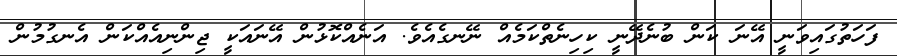
ފަހަތުގައިވަނީ އޭނަ ކަން ބުނެދޭނީ ކިހިނެތްކަމެއް ނޭނގެއެވެ. އަނެއްކޮޅުން އޭނައަކީ ޖިންނިއެއްކަން އެނގުމުން